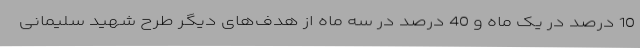
10 درصد در یک ماه و 40 درصد در سه ماه از هدف‌های دیگر طرح شهید سلیمانی